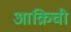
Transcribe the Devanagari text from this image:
आक्रिची